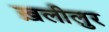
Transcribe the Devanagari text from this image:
ख़लीलुर